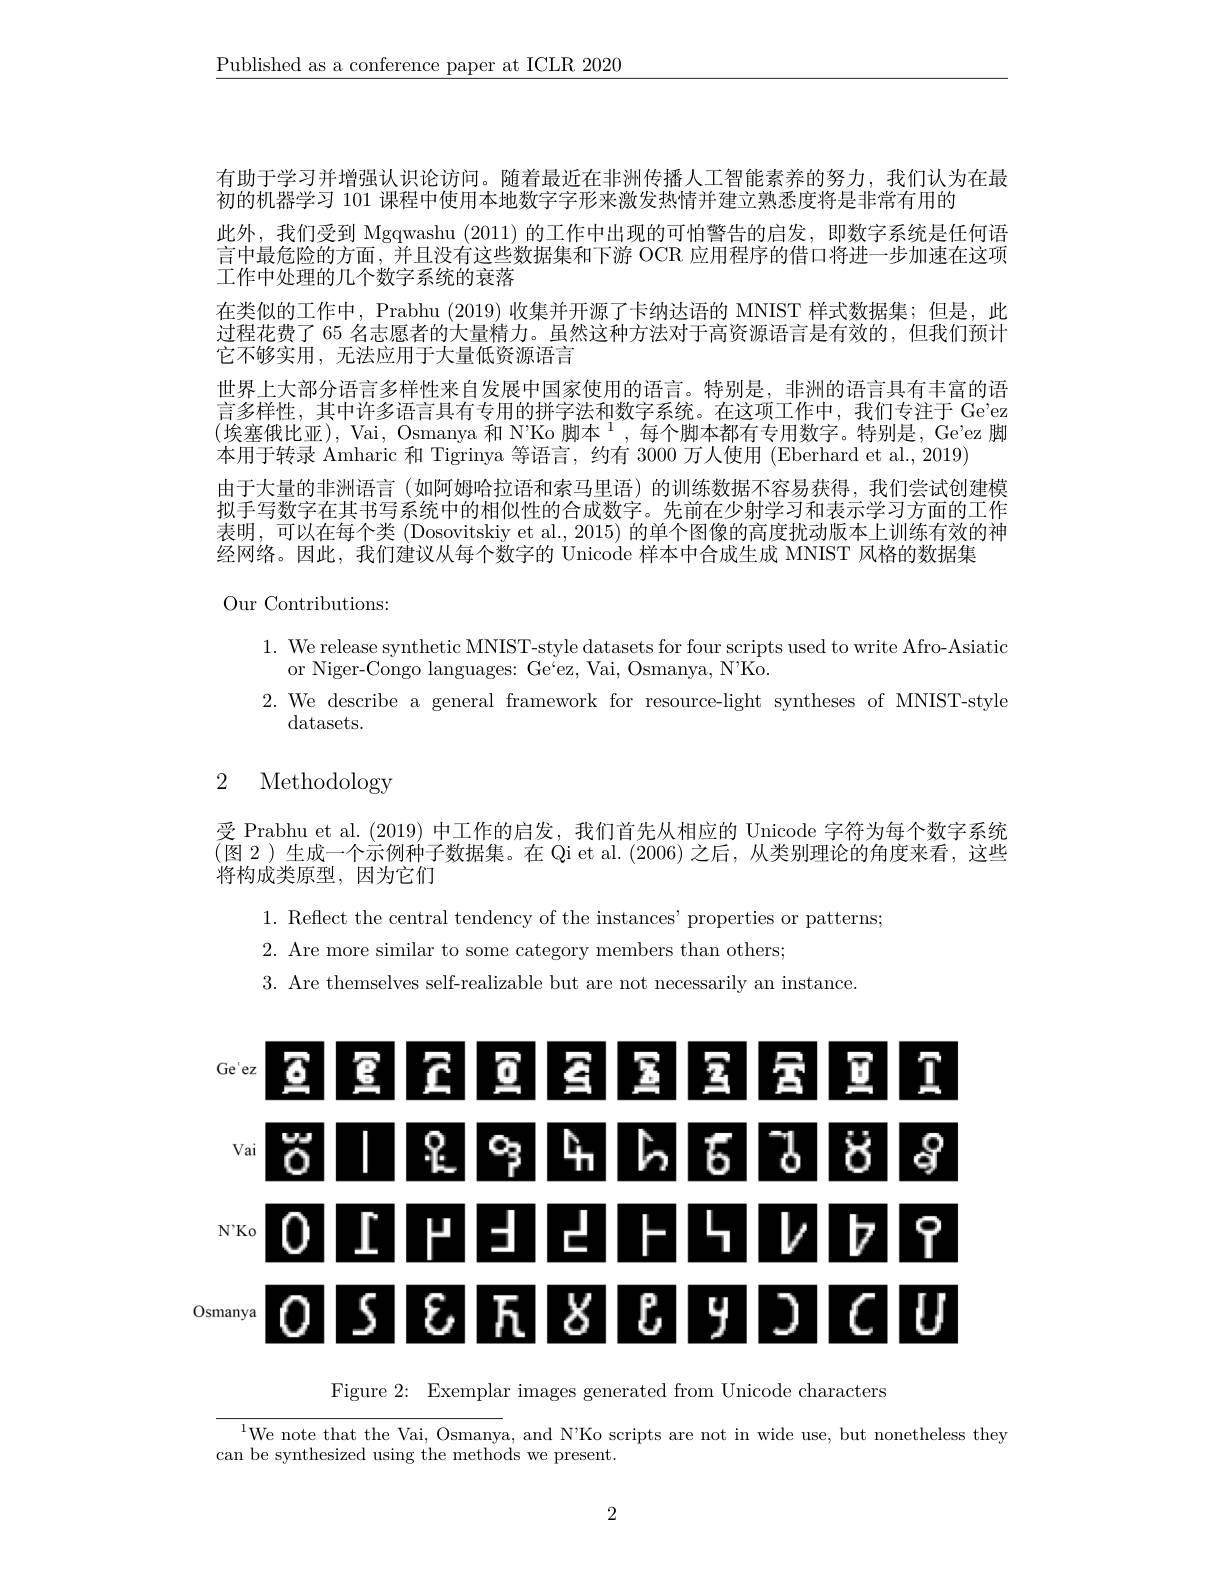
$\underline{{\mathrm{Published~as~a~conference~paper~at~ICLR~2020}}}$

有助于学习并增强认识论访问。随着最近在非洲传播人工智能素养的努力，我们认为在最
初的机器学习 101 课程中使用本地数字字形来激发热情并建立熟悉度将是非常有用的
此外，我们受到 Mgqwashu (2011)的工作中出现的可怕警告的启发，即数字系统是任何语言中最危险的方面，并且没有这些数据集和下游 OCR 应用程序的借口将进一步加速在这项工作中处理的几个数字系统的衰落
在类似的工作中，Prabhu (2019) 收集并开源了卡纳达语的 MNIST 样式数据集；但是，此过程花费了 65 名志愿者的大量精力。虽然这种方法对于高资源语言是有效的，但我们预计它不够实用 , 无法应用于大量低资源语言
世界上大部分语言多样性来自发展中国家使用的语言。特别是，非洲的语言具有丰富的语言多样性，其中许多语言具有专用的拼字法和数字系统。在这项工作中，我们专注于 Ge'ez (埃塞俄比亚$),\text{ Vai, Osmanya 和 N'Ko 脚本}^1$,每个脚本都有专用数字。特别是，Ge'ez 脚本用于转录 Amharic 和 Tigrinya 等语言，约有 3000 万人使用 (Eberhard et al., 2019)
由于大量的非洲语言 (如阿姆哈拉语和索马里语) 的训练数据不容易获得，我们尝试创建模拟手写数字在其书写系统中的相似性的合成数字。先前在少射学习和表示学习方面的工作表明，可以在每个类 (Dosovitskiy et al., 2015) 的单个图像的高度扰动版本上训练有效的神经网络。因此，我们建议从每个数字的 Unicode 样本中合成生成 MNIST 风格的数据集

Our Contributions:

1. We release synthetic MNIST-style datasets for four scripts used to write Afro-Asiatic
or Niger-Congo languages: Ge`ez, Vai, Osmanya, N'Ko.
2. We describe a general framework for resource-light syntheses of MNIST-style
${\mathrm{datasets.}}$

# 2 Methodology

受 Prabhu et al. (2019) 中工作的启发，我们首先从相应的 Unicode 字符为每个数字系统(图 2)生成一个示例种子数据集。在 Qi et al.(2006)之后，从类别理论的角度来看，这些将构成类原型，因为它们

1. Reflect the central tendency of the instances' properties or patterns;
$2.{\text{ Are more similar to some category members than others;}}$
3. Are themselves self-realizable but are not necessarily an instance

<FigureHere>

Figure 2: Exemplar images generated from Unicode characters

$^{1}$We note that the Vai, Osmanya, and N'Ko scripts are not in wide use, but nonetheless they
can be synthesized using the methods we present.

2